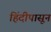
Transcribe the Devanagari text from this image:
हिंदीपासून